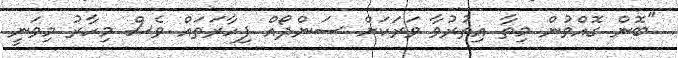
"ބޮން ގޮއްވުން މިތާ އިތުރުވާ ވަރަކަށް ސަންދޯއް ފިހާރަތައް ވެސް މިހާރު މިވަނީ